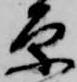
原